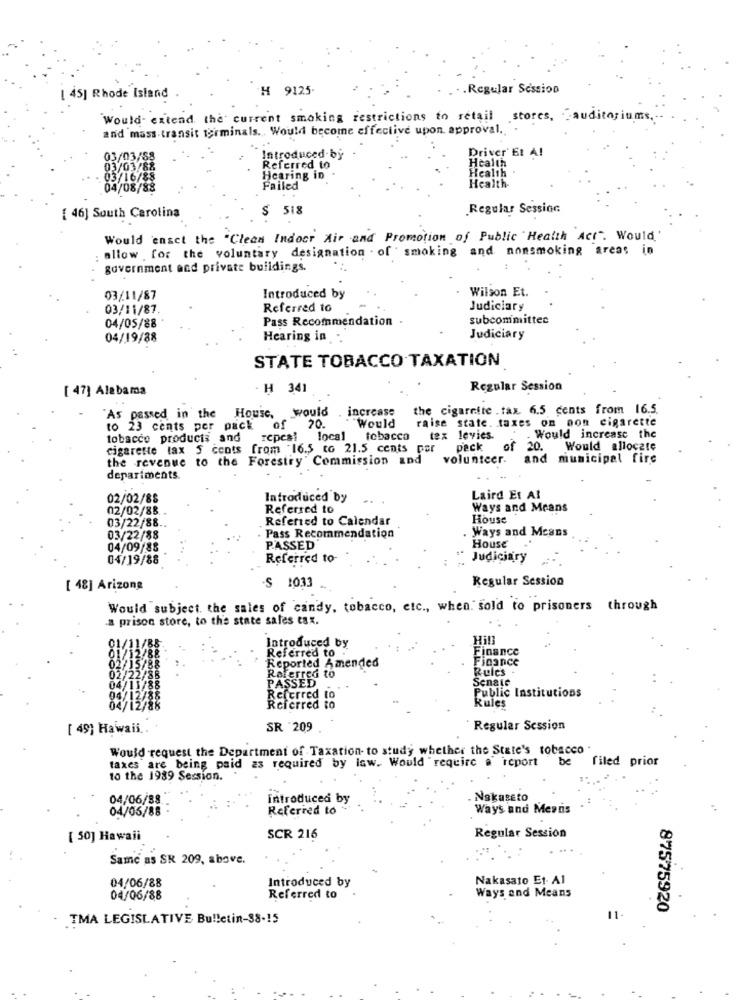
H 9125.
.. Regular Session
[ 45] Rhode Island
Would- extend the current smoking restrictions to retail stores, auditoriums.
and mass transit terminals. Would become effective upon approval. .
Driver' Et A!
03/03/88
Introduced-by
Health
03/03/88
Referred to
Health
03/16/88
Hearing in
04/08/88
Failed
Health-
$ 518
Regular Session
[ 46] South Carolina
Would ensct the "Clean Indoor Air and Promotion of Public Health Act". Would'
allow for the voluntary designation . of ' smoking and nonsmoking areas in
government and private buildings.
Wilson Et.
03/11/87
Introduced by
03/11/87
Referred to
Judiciary
Pass Recommendation .
subcommittee
04/05/88
04/19/88
Hearing in
Judiciary
STATE TOBACCO TAXATION
[ 47] Alabama
. H 341
Regular Session
As passed in the House, would . increase
the cigarette . tax 6.5 cents from 16.5.
"Would
raise state. taxes on non cigarette
to 23 cents per pack
of
20.
tobacco producis and repeal local
tobacco
tex levies.
. Would increase the
cigarette tax 5 cents from 16.5 to 21.5 cents per
peck
of 20. Would allocate
the revenue to the Forestry Commission and
volunteer.
and municipal fire
departments
02/02/88
Introduced by
Laird Et Al
02/02/88.
Referred to
Ways and Means
Referred to Calendar
House
03/22/88 ..
Ways and Means
03/22/88
. Pass Recommendation
04/09/88
PASSED
House
04/19/88
Referred to-
Judiciary
Regular Session
[ 48] Arizona
S 1033
Would subject. the sales of candy, tobacco, etc ., when. sold to prisoners through
.a prison store, to the state sales tax.
Hill
Introduced by
Referred to
Finance
Finance
Reported Amended
Rules .
Referred to
Senate
PASSED
Public Institutions
Referred to
Rules
Referred to
[ 49] Hawaii ..
SR 209
` Regular Session
Would request the Department of Taxation- to study whether the State's tobacco
taxes are being paid 23 required by law. Would "require a report "be
filed prior
to the 1989 Session.
04/06/88
introduced by
Nakuseto
04/05/88
Referred to
Ways and Mendis
[ 50] Hawaii
SCR 216
Regular Session
Same as SK 209, above.
04/06/88
Introduced by
Nakasato Et- A1
Ways and Means
04/06/88
Referred to
87575920
TMA LEGISLATIVE Bulletin-38-15
11